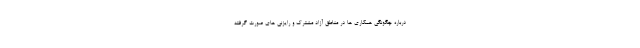
درباره چگونگی همکاری ها در مناطق آزاد مشترک و رایزنی های صورت گرفته